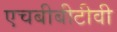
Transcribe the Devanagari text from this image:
एचबीबीटीवी